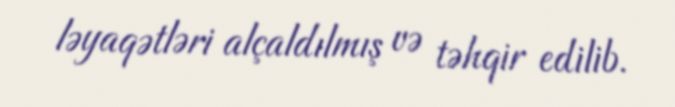
ləyaqətləri alçaldılmış və təhqir edilib.